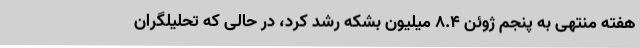
هفته منتهی به پنجم ژوئن 8.4 میلیون بشکه رشد کرد، در حالی که تحلیلگران